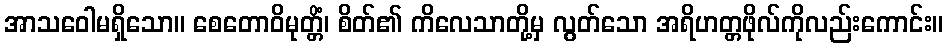
အာသဝေါမရှိသော။ စေတောဝိမုတ္တိံ၊ စိတ်၏ ကိလေသာတို့မှ လွတ်သော အရိဟတ္တဖိုလ်ကိုလည်းကောင်း။